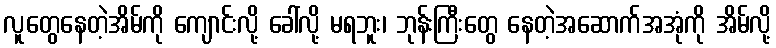
လူတွေနေတဲ့အိမ်ကို ကျောင်းလို့ ခေါ်လို့ မရဘူး၊ ဘုန်းကြီးတွေ နေတဲ့အဆောက်အအုံကို အိမ်လို့